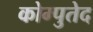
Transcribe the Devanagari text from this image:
कोम्पुतेद